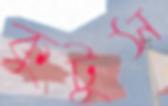
কুটুস